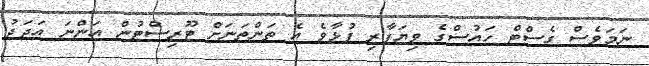
ނަމަވެސް ގެސްޓް ހައުސްގެ ވިޔަފާރި ފުޅާވެ އެ ތަންތަނަށް ޓޫރިސްޓުން އަންނަ އަދަދު